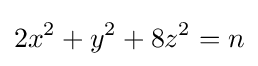
2x^{2}+y^{2}+8z^{2}=n